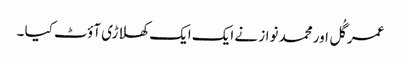
عمر گُل اور محمد نواز نے ایک ایک کھلاڑی آؤٹ کیا ۔